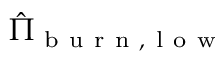
\hat { \Pi } _ { \mathrm { ~ b ~ u ~ r ~ n ~ } , \mathrm { ~ l ~ o ~ w ~ } }